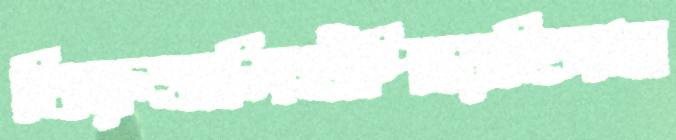
তিরুত্তালিহাঁপিয়েছিসধা